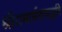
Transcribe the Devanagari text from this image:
श्रीरामार्चनापद्धति